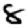
Digit: 8